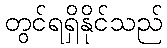
တွင်ရရှိနိုင်သည်